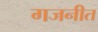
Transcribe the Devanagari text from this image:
गजनीत